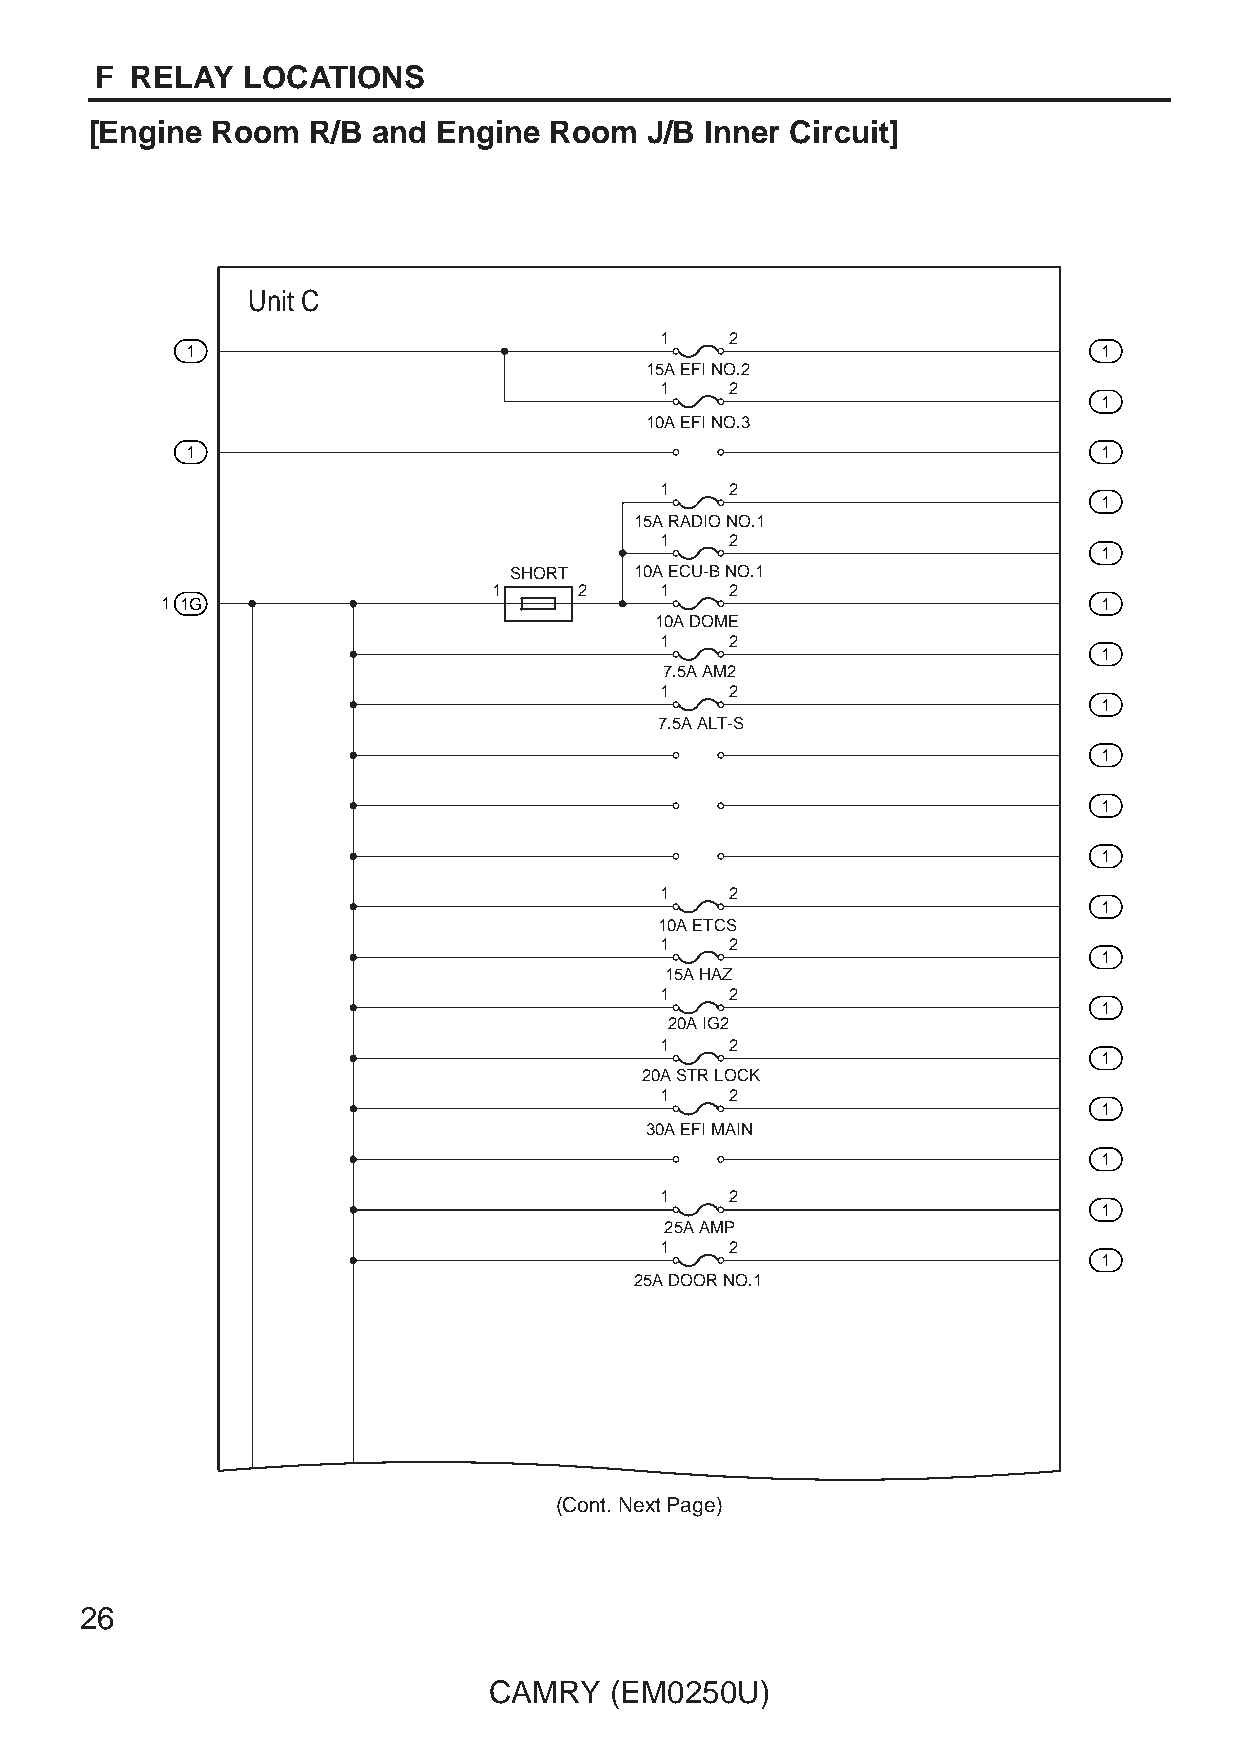
F  RELAY  LOCATIONS
 [Engine Room  R/B  and Engine Room   J/B Inner Circuit]
 Unit C
 1   2
 1                                                            1
 15A EFI NO.2
 1   2
 1
 10A EFI NO.3
 1                                                            1
 1   2
 1
 15A RADIO NO.1
 1   2
 1
 SHORT   10A ECU-B NO.1
 1    2     1   2
 1 1G                                                          1
 10A DOME
 1   2
 1
 7.5A AM2
 1   2
 1
 7.5A ALT-S
 1
 1
 1
 1   2
 1
 10A ETCS
 1   2
 1
 15A HAZ
 1   2
 1
 20A IG2
 1   2
 1
 20A STR LOCK
 1   2
 1
 30A EFI MAIN
 1
 1   2
 1
 25A AMP
 1   2
 1
 25A DOOR NO.1
 (Cont. Next Page)
 26
 CAMRY   (EM0250U)